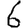
Digit: 6